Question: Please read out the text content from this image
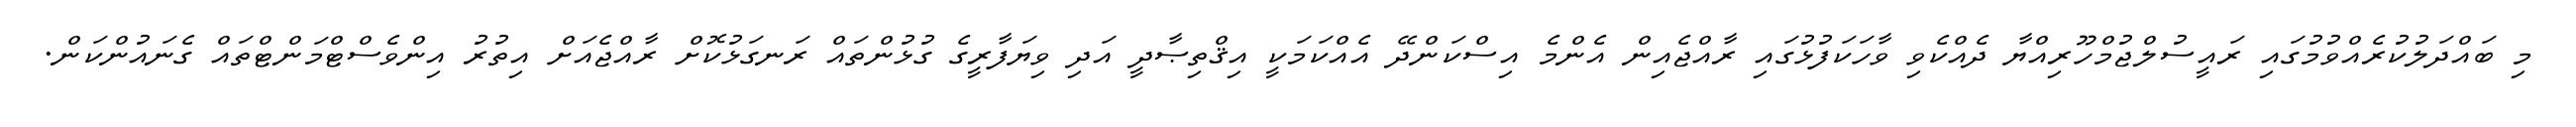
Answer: މި ބައްދަލުކުރެއްވުމުގައި ރައީސުލްޖުމްހޫރިއްޔާ ދެއްކެވި ވާހަކަފުޅުގައި ރާއްޖެއިން އެންމެ އިސްކަންދޭ އެއްކަމަކީ އިޤްތިޞާދީ އަދި ވިޔަފާރީގެ ގުޅުންތައް ރަނގަޅުކޮށް ރާއްޖެއަށް އިތުރު އިންވެސްޓްމަންޓްތައް ގެނައުންކަން.